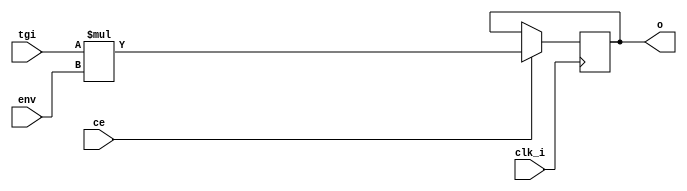
`timescale 1ns / 1ps
// ============================================================================
//	(C) 2007,2012  Robert Finch
//	All rights reserved.
//	robfinch<remove>@opencores.org
//
//	PSGShaper.v 
//		Shape the channels by applying the envelope to the tone generator
//	output.
//
//
// This source file is free software: you can redistribute it and/or modify 
// it under the terms of the GNU Lesser General Public License as published 
// by the Free Software Foundation, either version 3 of the License, or     
// (at your option) any later version.                                      
//                                                                          
// This source file is distributed in the hope that it will be useful,      
// but WITHOUT ANY WARRANTY; without even the implied warranty of           
// MERCHANTABILITY or FITNESS FOR A PARTICULAR PURPOSE.  See the            
// GNU General Public License for more details.                             
//                                                                          
// You should have received a copy of the GNU General Public License        
// along with this program.  If not, see <http://www.gnu.org/licenses/>.    
//
//	
//============================================================================ */

module PSGShaper(clk_i, ce, tgi, env, o);
input clk_i;		// clock
input ce;			// clock enable
input [11:0] tgi;	// tone generator input
input [7:0] env;	// envelop generator input
output [19:0] o;	// shaped output
reg [19:0] o;		// shaped output

// shape output according to envelope
always @(posedge clk_i)
	if (ce)
		o <= tgi * env;

endmodule